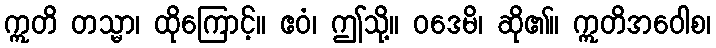
ဣတိ တသ္မာ၊ ထိုကြောင့်။ ဧဝံ၊ ဤသို့။ ဝဒေမိ၊ ဆို၏။ ဣတိအဝေါစ၊